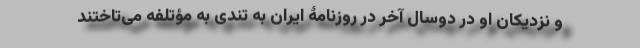
و نزدیکان او در دوسال آخر در روزنامۀ ایران به تندی به مؤتلفه می‌تاختند